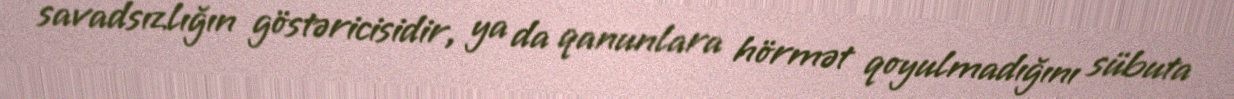
savadsızlığın göstəricisidir, ya da qanunlara hörmət qoyulmadığını sübuta